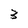
Character: 3